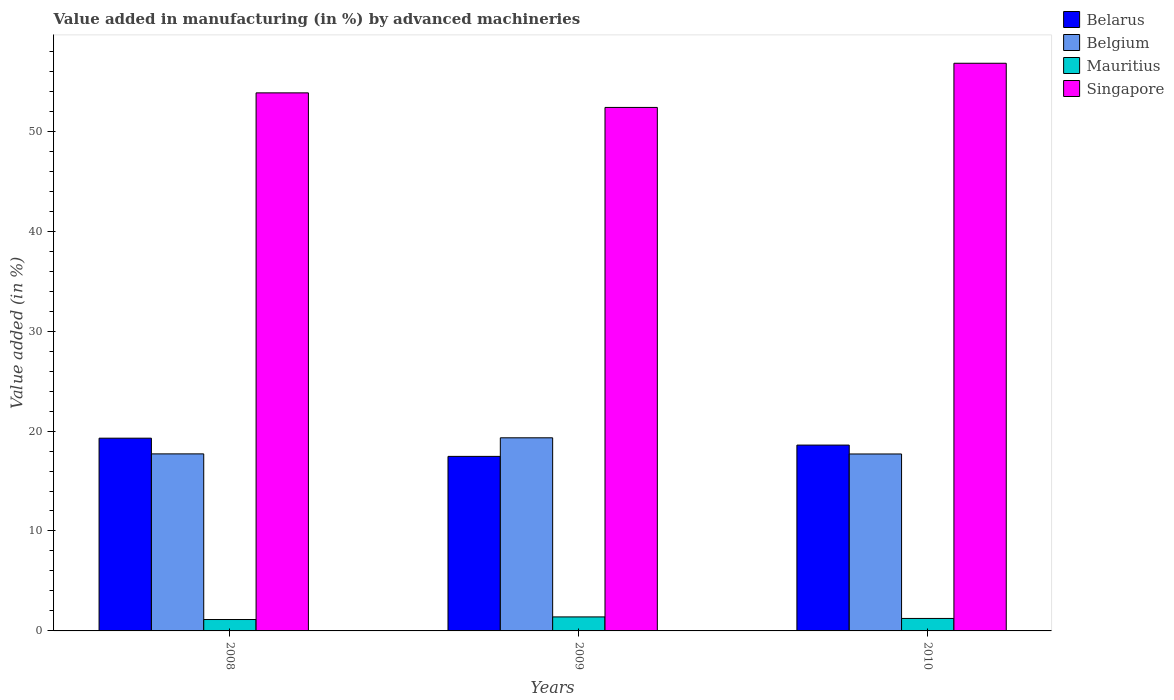
| Years | Belarus | Belgium | Mauritius | Singapore |
 | --- | --- | --- | --- | --- |
 | 2008 | 19.3 | 17.7 | 1.14 | 53.8 |
 | 2009 | 17.5 | 19.3 | 1.4 | 52.4 |
 | 2010 | 18.6 | 17.7 | 1.25 | 56.8 |